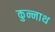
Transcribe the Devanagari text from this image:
कुन्नाथ